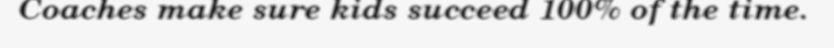
Coaches make sure kids succeed 100% of the time.